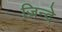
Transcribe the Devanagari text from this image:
ज़िन्दे